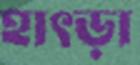
হাৎড়া